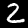
Label: 2